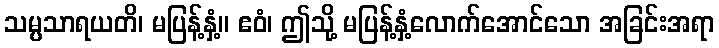
သမ္ပသာရယတိ၊ မပြန့်နှံ့။ ဧဝံ၊ ဤသို့ မပြန့်နှံ့လောက်အောင်သော အခြင်းအရာ